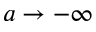
a \rightarrow - \infty